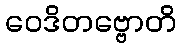
ဝေဒိတဗ္ဗောတိ